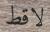
لاقط